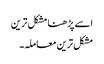
اسے پڑھنا مشکل ترین
مشکل ترین معاملہ۔